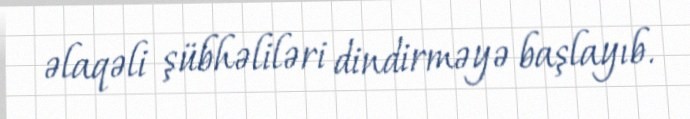
əlaqəli şübhəliləri dindirməyə başlayıb.